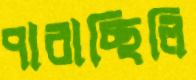
পারাচ্ছিলি